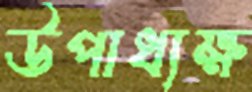
উপাধ্যক্ষ